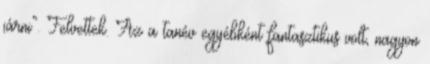
járni”. Felvettek. Az a tanév egyébként fantasztikus volt, nagyon